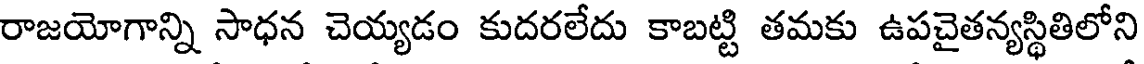
రాజయోగాన్ని సాధన చెయ్యడం కుదరలేదు కాబట్టి తమకు ఉపచైతన్యస్థితిలోని